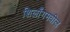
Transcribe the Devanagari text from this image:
शिलाँगमधील